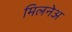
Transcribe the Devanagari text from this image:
मिलनेअ